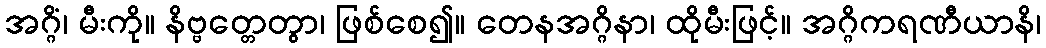
အဂ္ဂိံ၊ မီးကို။ နိဗ္ဗတ္တေတွာ၊ ဖြစ်စေ၍။ တေနအဂ္ဂိနာ၊ ထိုမီးဖြင့်။ အဂ္ဂိကရဏီယာနိ၊